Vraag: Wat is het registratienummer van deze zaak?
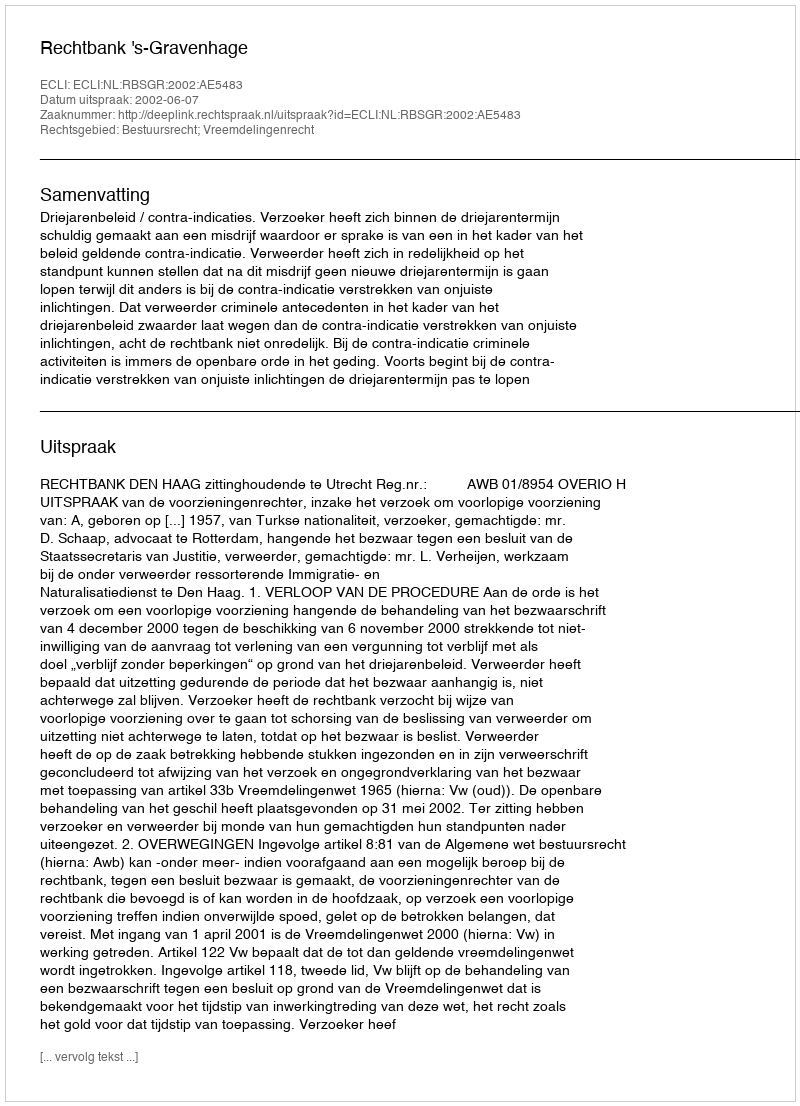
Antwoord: http://deeplink.rechtspraak.nl/uitspraak?id=ECLI:NL:RBSGR:2002:AE5483